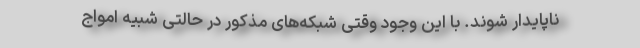
ناپایدار شوند. با این وجود وقتی شبکه‌های مذکور در حالتی شبیه امواج